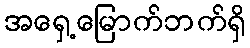
အရှေ့မြောက်ဘက်ရှိ